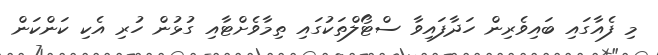
މި ފެއާގައި ބައިވެރިން ހަދާފައިވާ ސްޓޯލްތަކުގައި ތިމާވެށްޓާއި ގުޅުން ހުރި އެކި ކަންކަން